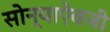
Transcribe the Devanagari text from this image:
सोन्याऐवजी